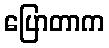
ပြောတာက